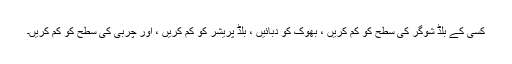
کسی کے بلڈ شوگر کی سطح کو کم کریں ، بھوک کو دبائیں ، بلڈ پریشر کو کم کریں ، اور چربی کی سطح کو کم کریں۔